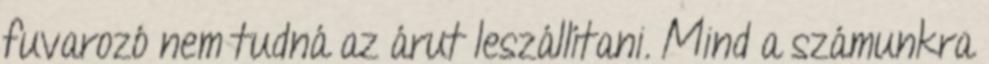
fuvarozó nem tudná az árut leszállítani. Mind a számunkra